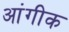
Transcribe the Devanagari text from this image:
आंगीक